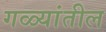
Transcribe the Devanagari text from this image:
गळ्यांतील